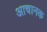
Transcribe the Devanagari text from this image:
आचानक